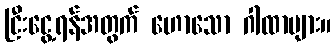
ငြီးငွေ့ရန်အတွက် ဟောသော ဂါထာများ။